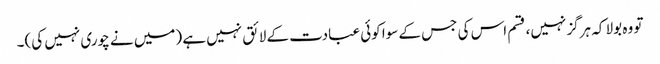
تو وہ بولا کہ ہرگز نہیں، قسم اس کی جس کے سوا کوئی عبادت کے لائق نہیں ہے (میں نے چوری نہیں کی)۔